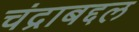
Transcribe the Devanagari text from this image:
चंद्राबद्दल